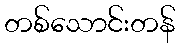
တစ်သောင်းတန်